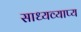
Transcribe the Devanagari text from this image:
साध्यव्याप्य